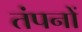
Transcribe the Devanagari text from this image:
तंपनों